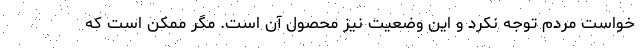
خواست مردم توجه نکرد و این وضعیت نیز محصول آن است. مگر ممکن است که